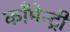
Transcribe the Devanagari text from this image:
काँमेन्ट्री